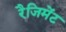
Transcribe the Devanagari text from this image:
रैजिमेंट